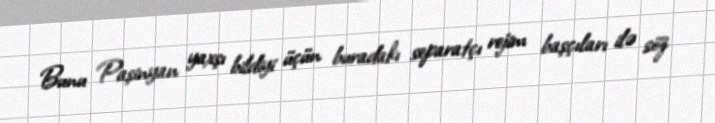
Bunu Paşinyan yaxşı bildiyi üçün buradakı separatçı rejim başçıları ilə söz